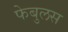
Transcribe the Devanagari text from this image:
फेबुलस